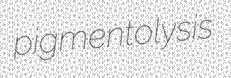
pigmentolysis